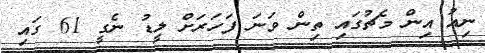
ނިއު އިން މެޗުގައި ތިން ވަނަ ފަހަރަށް ލީޑު ނެގީ 61 ގައި